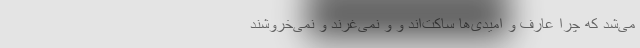
می‌شد که چرا عارف و امیدی‌ها ساکت‌اند و و نمی‌غُرّند و نمی‌خروشند